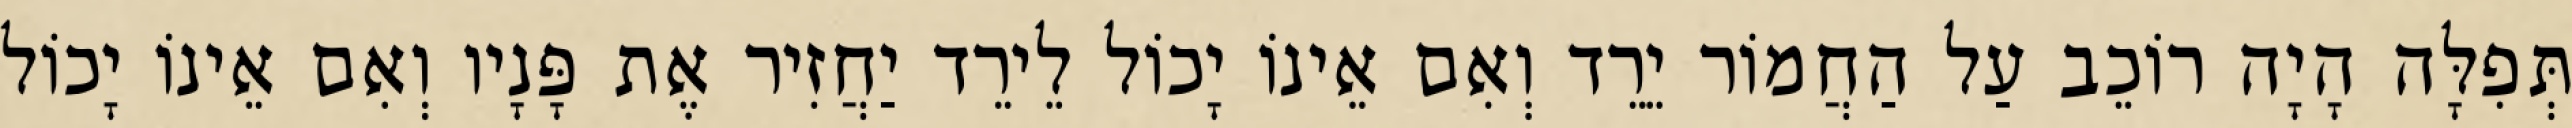
תְּפִלָּה הָיָה רוֹכֵב עַל הַחֲמוֹר יֵרֵד וְאִם אֵינוֹ יָכוֹל לֵירֵד יַחֲזִיר אֶת פָּנָיו וְאִם אֵינוֹ יָכוֹל